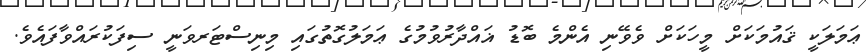
ޢަމަލަކީ ޤައުމަކަށް މީހަކަށް ވެވޭނި އެންމެ ބޮޑު ޣައްދާރުވުމުގެ ޢަމަލުގޮތުގައި މިނިސްޓަރވަނީ ސިފަކުރައްވާފައެވެ.